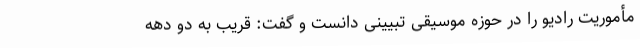
مأموریت رادیو را در حوزه موسیقی تبیینی دانست و گفت: قریب به دو دهه